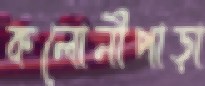
কলোনীপাড়া